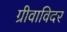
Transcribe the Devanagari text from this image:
ग्रीवाविदर